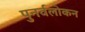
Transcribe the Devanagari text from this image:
पुनर्वलोकन